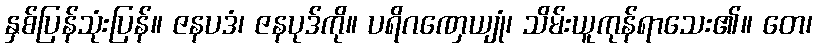
နှစ်ပြန်သုံးပြန်။ ဇနပဒံ၊ ဇနပုဒ်ကို။ ပရိဂဏှေယျုံ၊ သိမ်းယူကုန်ရာသေး၏။ တေ၊